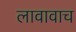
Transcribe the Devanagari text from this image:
लावावाच